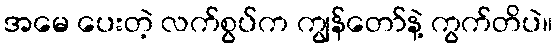
အမေ ပေးတဲ့ လက်စွပ်က ကျွန်တော်နဲ့ ကွက်တိပဲ။